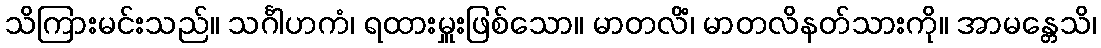
သိကြားမင်းသည်။ သင်္ဂါဟကံ၊ ရထားမှူးဖြစ်သော။ မာတလိံ၊ မာတလိနတ်သားကို။ အာမန္တေသိ၊